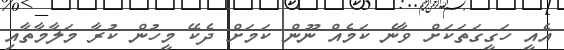
އެއީ ހަގީގަތަކަށް ވާނެ ކަމެއް ނޫން ކަމަށް ދެކޭ މީހުން ކުރާ މަލާމާތާއި